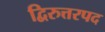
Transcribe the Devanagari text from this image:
द्विरुत्तरपद